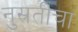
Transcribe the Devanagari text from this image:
नुस्रतींचा